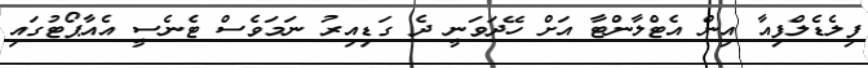
ފިލެޑެލްފިއާ އިން އެޓްލާންޓާ އަށް ހޭދަވަނީ ދެ ގަޑިއިރު ނަމަވެސް ޓެނެސީ އެއާޕޯޓުގައި